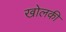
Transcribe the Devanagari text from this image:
खोलकी